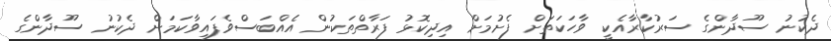
ދެކުނު ސޫދާންގެ ސަރުކާރާއެކީ ވާހަކަތަށް ފެށުމަށް އިދިކޮޅު ފަރާތްތަކުން އެއްބަސްވެފައިވާކަމަށް ދެކުނު ސޫދާންގެ